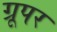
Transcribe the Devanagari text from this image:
ग्रूपर